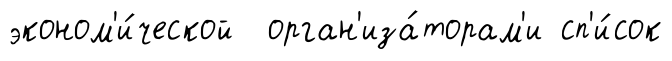
эконом'и́ческой орган'иза́торам'и сп'и́сок